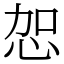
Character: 㤎